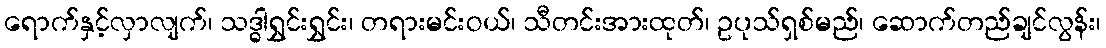
ရောက်နှင့်လှာလျက်၊ သဒ္ဓါရွှင်းရွှင်း၊ တရားမင်းဝယ်၊ သီတင်းအားထုတ်၊ ဥပုသ်ရှစ်မည်၊ ဆောက်တည်ချင်လွန်း၊